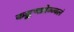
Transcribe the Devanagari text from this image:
कङ्कणप्रोज्ज्वलं